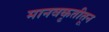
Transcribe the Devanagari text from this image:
मानवकृतीतून